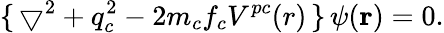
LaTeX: \{ \, \bigtriangledown^{2}+q_{c}^{2}-2m_{c}f_{c}V^{pc}(r)\, \} \, \psi(\mathbf{r})=0.